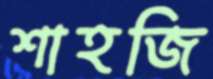
শাহজি